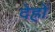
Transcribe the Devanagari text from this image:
देह्रों